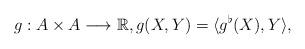
LaTeX: \begin{align*} g : A \times A \longrightarrow \mathbb{R},g(X,Y)=\langle g^\flat (X), Y\rangle,\end{align*}